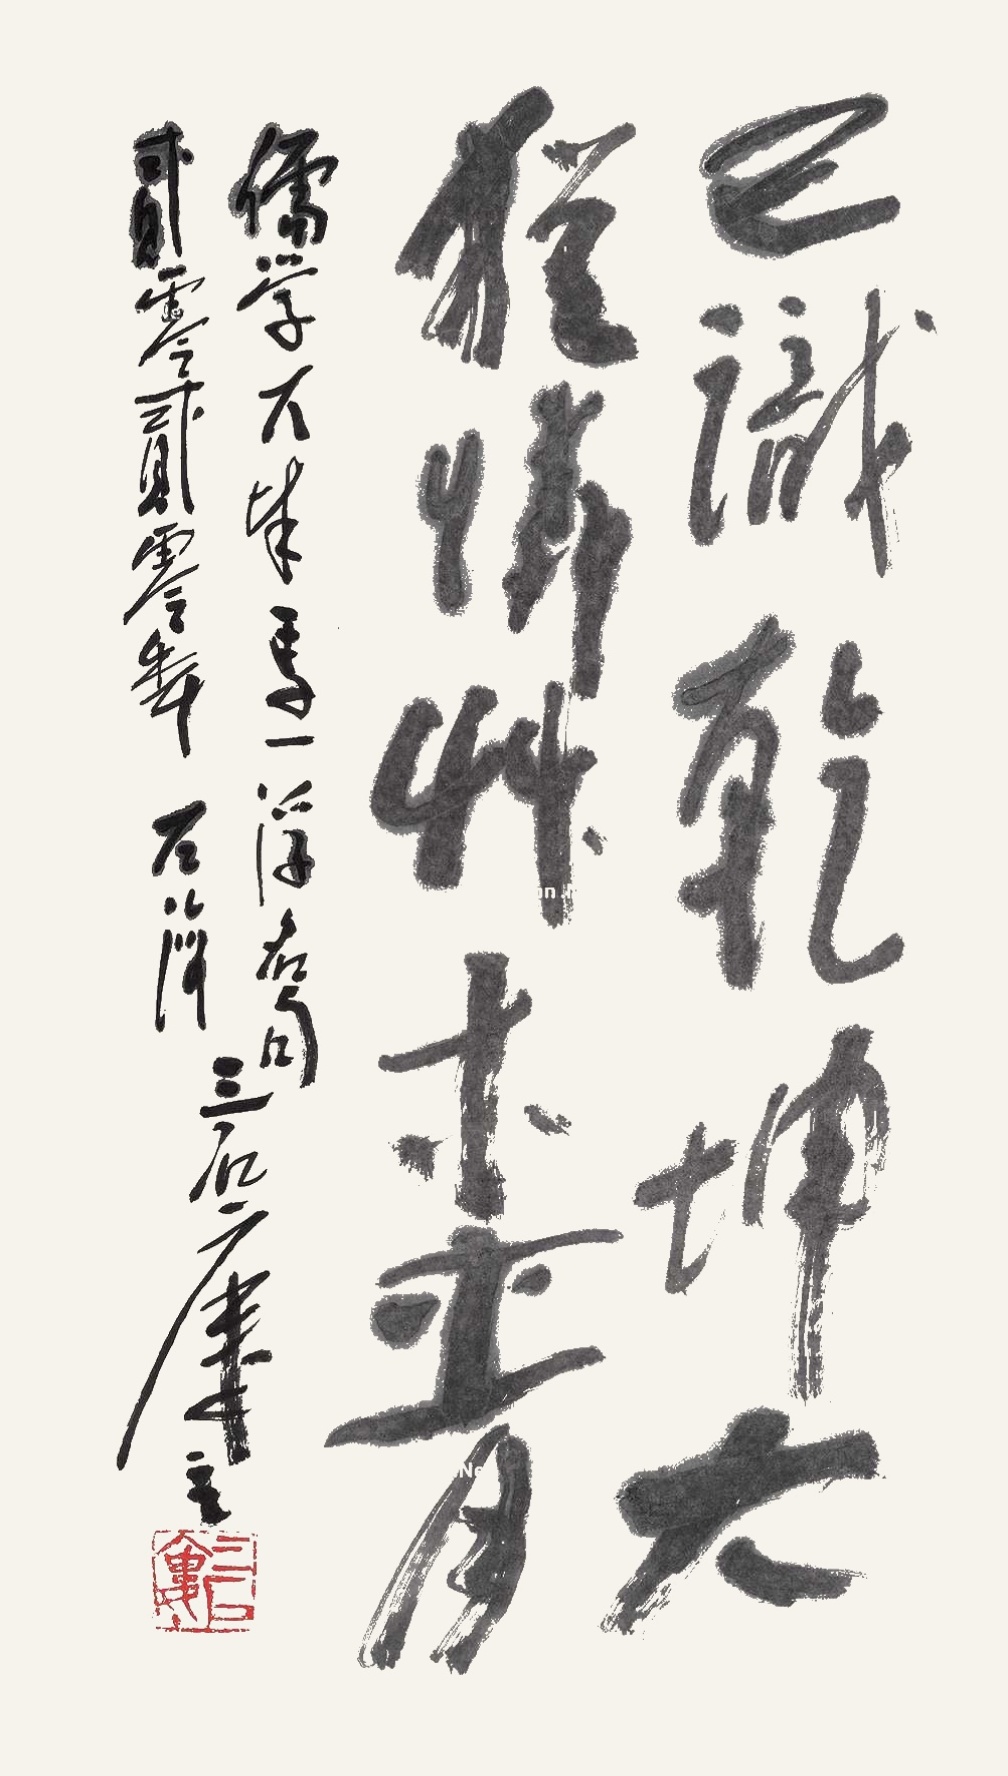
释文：已识乾坤大，犹怜草木青。儒学大成马一浮名句，二零二零年左海三石楼主。